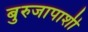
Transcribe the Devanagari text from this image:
बुरुजापाशी